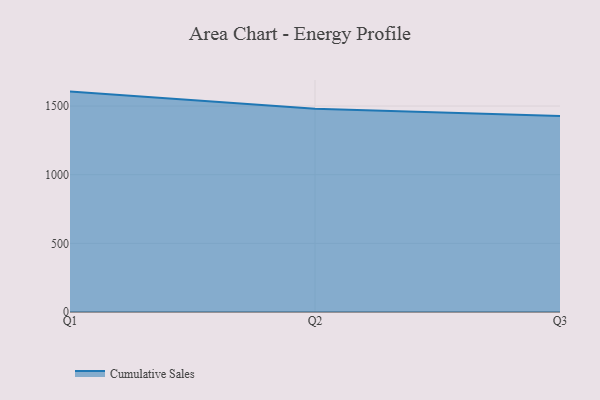
{"axis": {"x": "Quarter", "y": "Population (Million)"}, "legend": ["Cumulative Sales"], "data": [{"x": "Q1", "y": 1605.2, "type": "Cumulative Sales"}, {"x": "Q2", "y": 1479.4, "type": "Cumulative Sales"}, {"x": "Q3", "y": 1426.8, "type": "Cumulative Sales"}]}